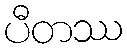
ပီတဿ